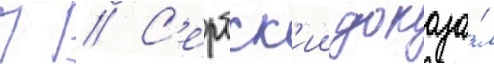
П // С'ербск'ии доказа́л